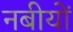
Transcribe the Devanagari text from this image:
नबीयों